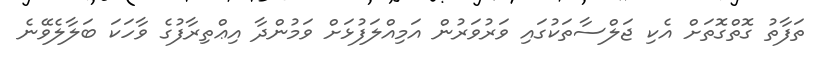
ތަފާތު ގޮތްގޮތަށް އެކި ޖަލްސާތަކުގައި ވަރުވަރުން އަމިއްލަފުޅަށް ވަމުންދާ އިޢްތިރާފުގެ ވާހަކަ ބަލާލެވޭނެ